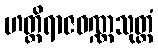
ဟတ္ထိရာဇဝဏ္ဏသုတ္တံ